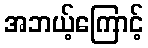
အဘယ့်ကြောင့်